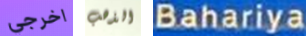
اخرجي الذهب Bahariya